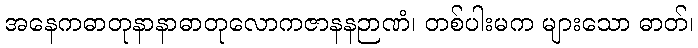
အနေကဓာတုနာနာဓာတုလောကဇာနနဉာဏံ၊ တစ်ပါးမက များသော ဓာတ်၊